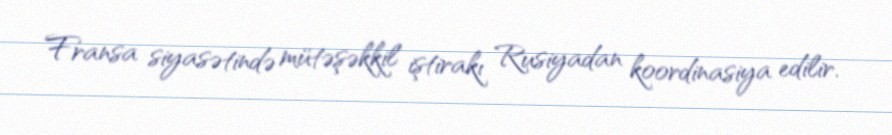
Fransa siyasətində mütəşəkkil iştirakı Rusiyadan koordinasiya edilir.